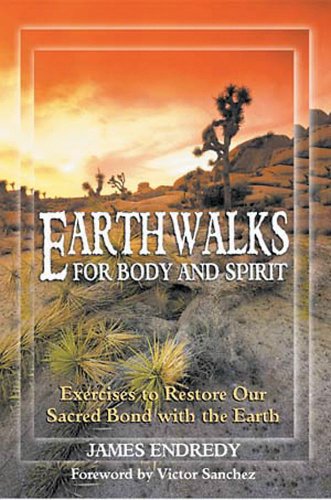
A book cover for Earthwalks for Body and Spirit; James Endredy; Religion & Spirituality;